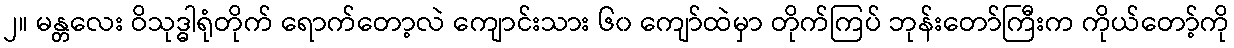
၂။ မန္တလေး ဝိသုဒ္ဓါရုံတိုက် ရောက်တော့လဲ ကျောင်းသား ၆၀ ကျော်ထဲမှာ တိုက်ကြပ် ဘုန်းတော်ကြီးက ကိုယ်တော့်ကို